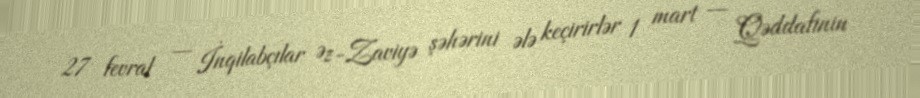
27 fevral — İnqilabçılar Əz-Zaviyə şəhərini ələ keçirirlər 1 mart — Qəddafinin